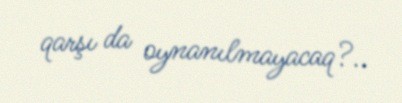
qarşı da oynanılmayacaq?..